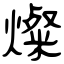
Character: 燦